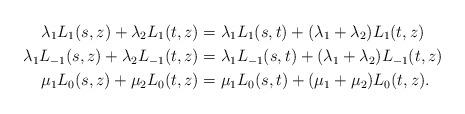
LaTeX: \begin{align*}\lambda_1 L_{1}(s,z)+\lambda_2L_{1}(t,z)&=\lambda_1 L_{1}(s,t)+(\lambda_1+\lambda_2)L_{1}(t,z)\\\lambda_1 L_{-1}(s,z)+\lambda_2L_{-1}(t,z)&=\lambda_1 L_{-1}(s,t)+(\lambda_1+\lambda_2)L_{-1}(t,z)\\\mu_1 L_{0}(s,z)+\mu_2L_{0}(t,z)&=\mu_1 L_{0}(s,t)+(\mu_1+\mu_2)L_{0}(t,z).\end{align*}